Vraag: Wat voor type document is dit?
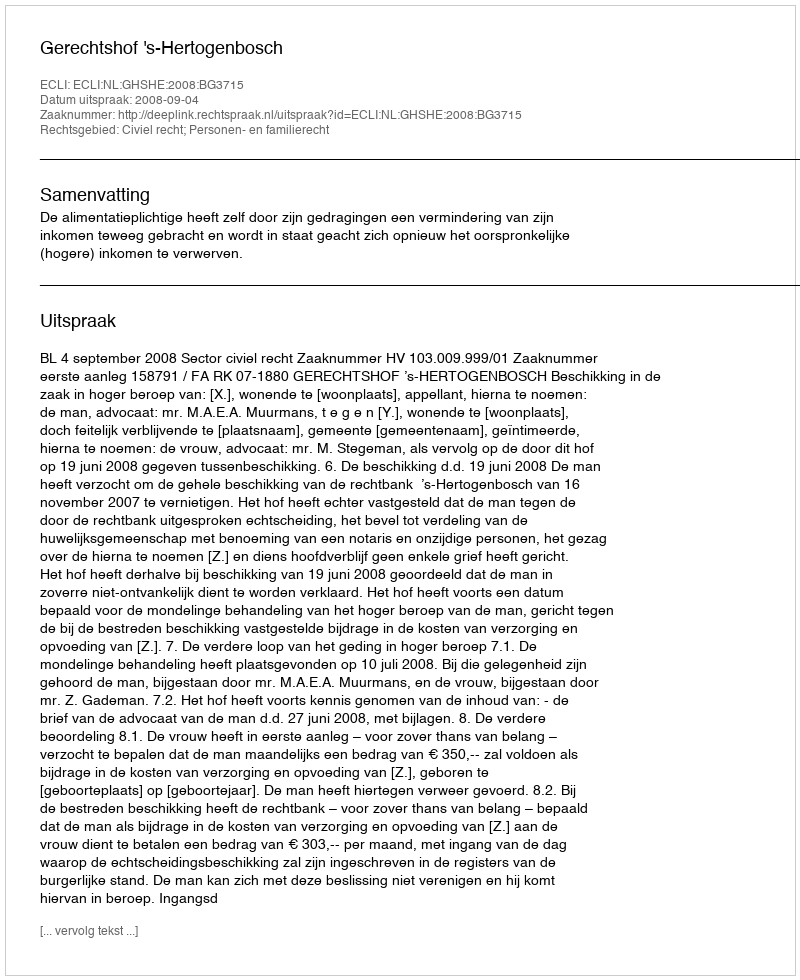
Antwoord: Uitspraak